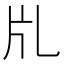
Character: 𤖨